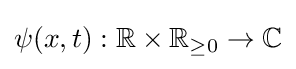
\psi (x,t):\mathbb {R} \times \mathbb {R} _{\geq 0}\to \mathbb {C}